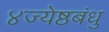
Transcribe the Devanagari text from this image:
४ज्येष्ठबंधु